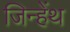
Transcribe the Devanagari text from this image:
जिन्हेंथ